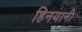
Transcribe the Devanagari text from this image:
हिनयानी